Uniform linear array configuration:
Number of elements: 8
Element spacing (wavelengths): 0.75
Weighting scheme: blackman
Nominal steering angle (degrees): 15
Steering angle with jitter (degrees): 16.688
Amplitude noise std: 0.05
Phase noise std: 0.05

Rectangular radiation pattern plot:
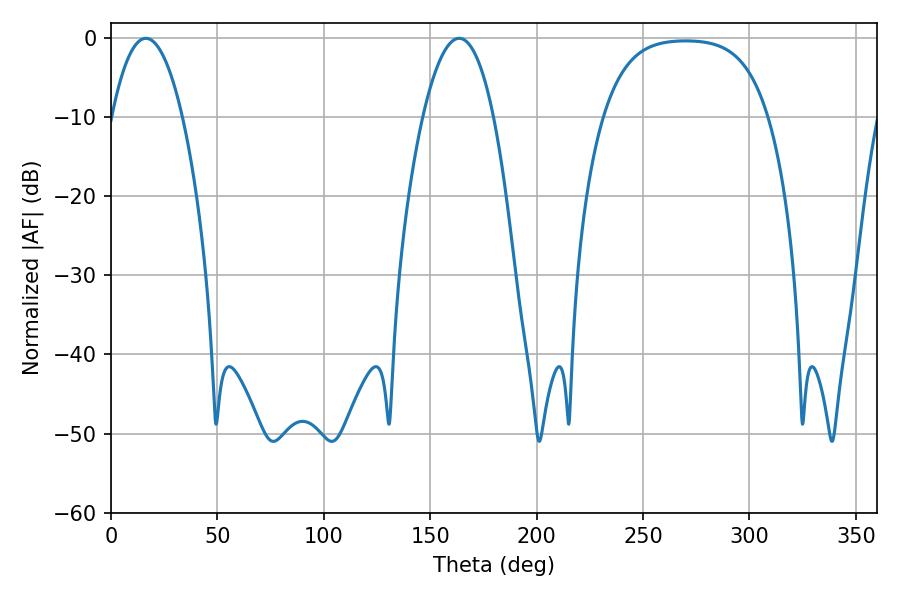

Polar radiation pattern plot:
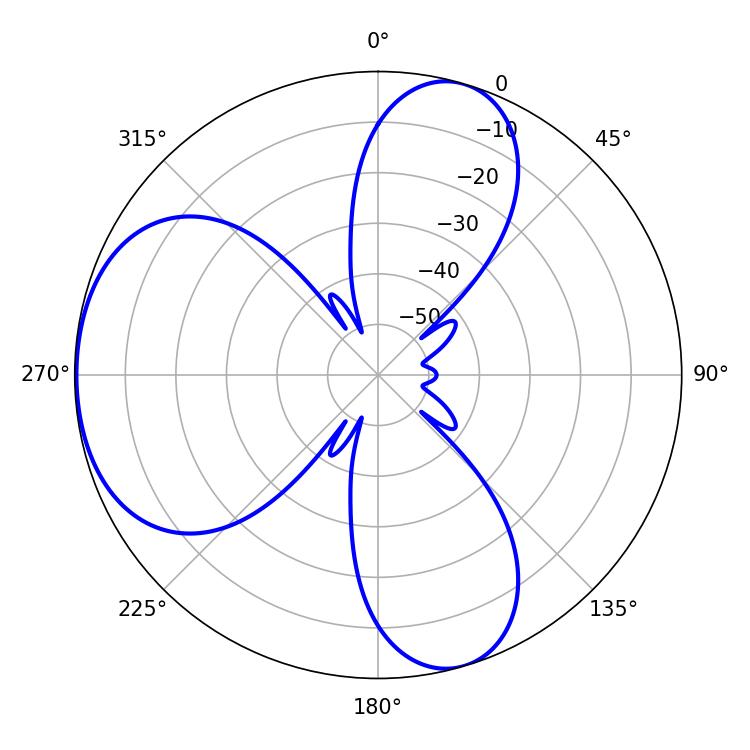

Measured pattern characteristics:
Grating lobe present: TRUE
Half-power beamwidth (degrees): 18.36
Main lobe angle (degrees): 16.38